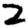
Digit: 2